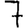
Digit: 7